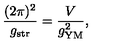
\frac { ( 2 \pi ) ^ { 2 } } { g _ { \mathrm { s t r } } } = \frac { V } { g _ { \mathrm { Y M } } ^ { 2 } } ,